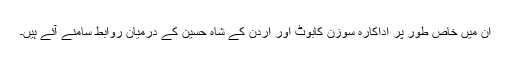
ان میں خاص طور پر اداکارہ سوزن کابوٹ اور اردن کے شاہ حسین کے درمیان روابط سامنے آئے ہیں۔